Civil Veterinary Department. Madras. Admin. report 1910-25 - 1910-1925
Year: 1910
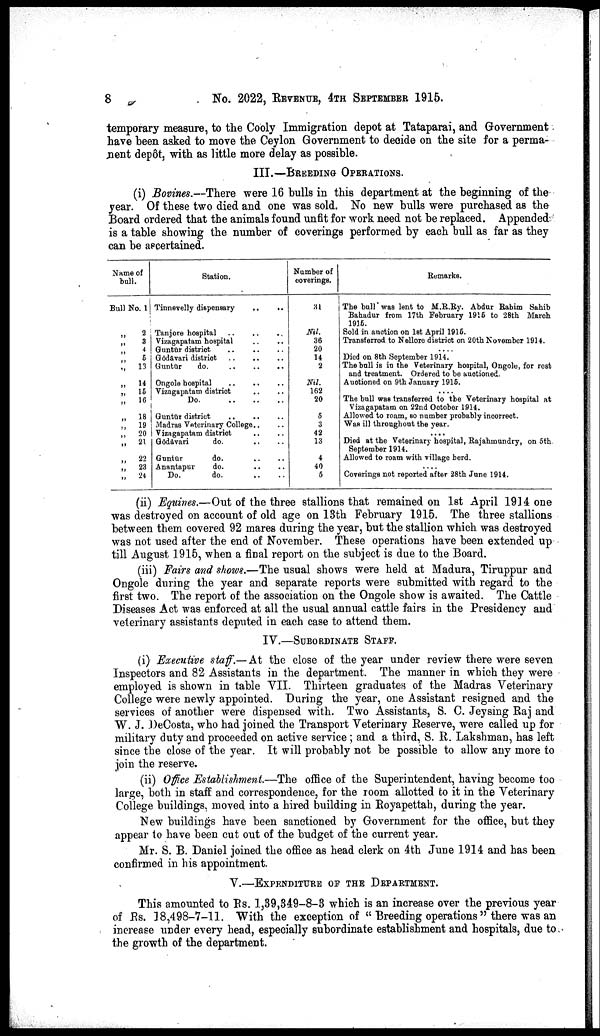
8
No. 2022, REVENUE, 4TH SEPTEMBER 1915.
temporary measure, to the Cooly Immigration depot at Tataparai, and Government
have been asked to move the Ceylon Government to decide on the site for a perma-
nent depôt, with as little more delay as possible.
III.—BREEDING OPERATIONS.
(i) Bovines.—There were 16 bulls in this department at the beginning of the
year. Of these two died and one was sold. No new bulls were purchased as the
Board ordered that the animals found unfit for work need not be replaced. Appended
is a table showing the number of coverings performed by each bull as far as they
can be ascertained.
Name of
bull.
Bull No. 1
„ 2
„
3
„ 4
„
5
„
13
„ 14
„
15
„
16
„
18
„
19
„
20
„
21
„
22
„
23
„
24
Station.
Tinnevelly dispensary
..
..
Tanjore hospital .. .. ..
Vizagapatam hospital .. ..
Guntūr district .. .. ..
Gōdāvari district .. .. ..
Guntūr
do. .. .. ..
Ongole hospital
..
..
..
Vizagapatam district .. ..
Do.
..
..
..
Guntūr district
.. .. ..
Madras Veterinary College.. ..
Vizagapatam district .. ..
Gōdāvari
do. .. ..
Guntūr
do. .. ..
Anantapur
do. .. ..
Do.
do. .. ..
Number of
coverings.
31
Nil.
36
20
14
2
Nil.
162
20
5
3
42
13
4
40
5
Remarks.
The bull was lent to M.R. Ry. Abdur Rahim Sahib
Bahadur from 17th February 1915 to 28th March
1915.
Sold in auction on 1st April 1915.
Transferred to Nellore district on 20th November 1914.
....
Died on 8th September 1914.
The bull is in the Veterinary hospital, Ongole, for rest
and treatment. Ordered to be auctioned.
Auctioned on 9th January 1915.
....
The bull was transferred to the Veterinary hospital at
Vizagapatam on 22nd October 1914.
Allowed to roam, so number probably incorrect.
Was ill throughout the year.
....
Died at the Veterinary hospital, Rajahmundry, on 5th.
September 1914.
Allowed to roam with village berd.
....
Coverings not reported after 28th June 1914.
(ii) Equines.—Out of the three stallions that remained on 1st April 1914 one
was destroyed on account of old age on 13th February 1915. The three stallions
between them covered 92 mares during the year, but the stallion which was destroyed
was not used after the end of November. These operations have been extended up
till August 1915, when a final report on the subject is due to the Board.
(iii) Fairs and shows.—The usual shows were held at Madura, Tiruppur and
Ongole during the year and separate reports were submitted with regard to the
first two. The report of the association on the Ongole show is awaited. The Cattle
Diseases Act was enforced at all the usual annual cattle fairs in the Presidency and
veterinary assistants deputed in each case to attend them.
IV.—SUBORDINATE STAFF.
(i) Executive staff.— At the close of the year under review there were seven
Inspectors and 82 Assistants in the department. The manner in which they were
employed is shown in table VII. Thirteen graduates of the Madras Veterinary
College were newly appointed. During the year, one Assistant resigned and the
services of another were dispensed with. Two Assistants, S. C. Jeysing Raj and
W. J. DeCosta, who had joined the Transport Veterinary Reserve, were called up for
military duty and proceeded on active service ; and a third, S. R. Lakshman, has left
since the close of the year. It will probably not be possible to allow any more to
join the reserve.
(ii) Office Establishment.—The office of the Superintendent, having become too
large, both in staff and correspondence, for the room allotted to it in the Veterinary
College buildings, moved into a hired building in Royapettah, during the year.
New buildings have been sanctioned by Government for the office, but they
appear to have been cut out of the budget of the current year.
Mr. S. B. Daniel joined the office as head clerk on 4th June 1914 and has been
confirmed in his appointment.
V.—EXPENDITURE OF THE DEPARTMENT.
This amounted to Rs. 1,39,349-8-3 which is an increase over the previous year
of Rs. 18,498-7-11. With the exception of " Breeding operations " there was an
increase under every head, especially subordinate establishment and hospitals, due to
the growth of the department.